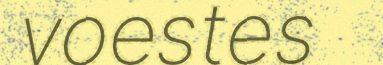
voestes